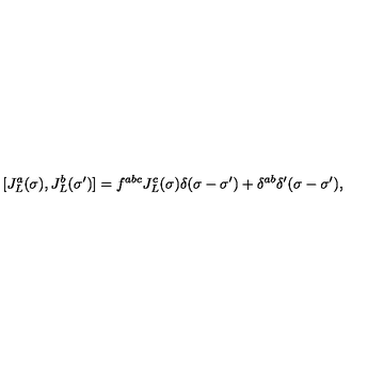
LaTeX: [ J _ { L } ^ { a } ( \sigma ) , J _ { L } ^ { b } ( \sigma ^ { \prime } ) ] = f ^ { a b c } J _ { L } ^ { c } ( \sigma ) \delta ( \sigma - \sigma ^ { \prime } ) + \delta ^ { a b } \delta ^ { \prime } ( \sigma - \sigma ^ { \prime } ) ,